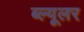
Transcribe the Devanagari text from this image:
ब्ल्यूलर